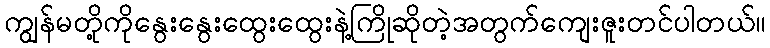
ကျွန်မတို့ကိုနွေးနွေးထွေးထွေးနဲ့ကြိုဆိုတဲ့အတွက်ကျေးဇူးတင်ပါတယ်။